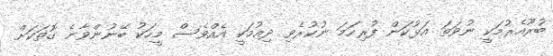
ބުރޫއެރުމަކީ ނުވަތަ އަޅުކަން ފުރިހަމަ ނުކުރެވި ދިއުމަކީ އެއްވެސް މީހަކު ބޭނުންވާނެ ގޮތަކަށް